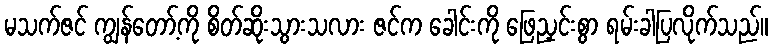
မသက်ဇင် ကျွန်တော့်ကို စိတ်ဆိုးသွားသလား ဇင်က ခေါင်းကို ဖြေညှင်းစွာ ရမ်းခါပြလိုက်သည်။